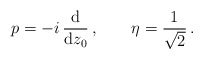
\begin{align*}p =-i\,\frac{\rm d}{{\rm d} z_0}\,,\qquad \eta=\frac{1}{\sqrt{2}}\,.\end{align*}